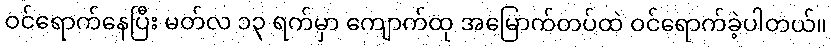
ဝင်ရောက်နေပြီး မတ်လ ၁၃ ရက်မှာ ကျောက်ထု အမြောက်တပ်ထဲ ဝင်ရောက်ခဲ့ပါတယ်။